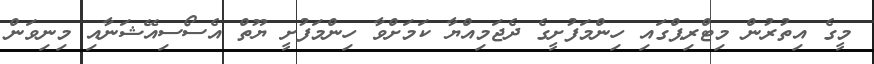
މީގެ އިތުރުން މިޓްރިޕްގައި ހިންމަފުށީގެ ދެޖަމިއްޔާ ކަމަށްވާ ހިންމަފުށީ ޔޫތް އެސޯސިއޭޝަނާއި މިނިވަން